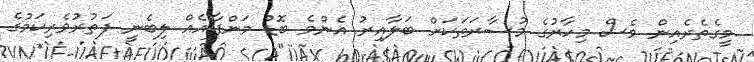
މީގެތެރެއިން ވެސް މިހާރުގެ މުސާރަތަކަށް ބަލާއިރު އެންމެ ބޮޑު މަންފާއެއް ލިބެނީ ފަތުރުވެރިކަމުގެ